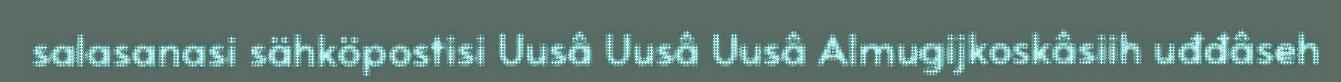
salasanasi sähköpostisi Uusâ Uusâ Uusâ Almugijkoskâsiih uđđâseh